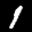
Label: 1